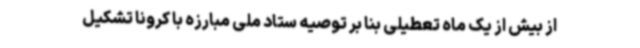
از بیش از یک ماه تعطیلی بنا بر توصیه ستاد ملی مبارزه با کرونا تشکیل